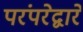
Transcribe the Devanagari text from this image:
परंपरेद्वारे